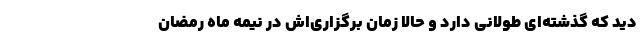
دید که گذشته‌ای طولانی دارد و حالا زمان برگزاری‌اش در نیمه ماه رمضان